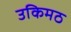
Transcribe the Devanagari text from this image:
उकिमठ